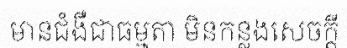
មានជំងឺជាធម្មតា មិនកន្លងសេចក្តី